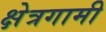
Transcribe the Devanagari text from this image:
क्षेत्रगामी